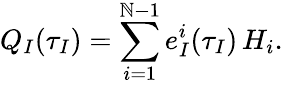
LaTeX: Q_{I}(\tau_{I})=\sum_{i=1}^{\mathbb{N}-1}e_{I}^{i}(\tau_{I})\, H_{i}.